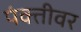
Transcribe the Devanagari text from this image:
पंक्तीवर